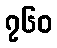
၇၆၀